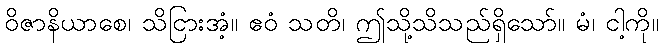
ဝိဇာနိယာစေ၊ သိငြားအံ့။ ဧဝံ သတိ၊ ဤသို့သိသည်ရှိသော်။ မံ၊ ငါ့ကို။